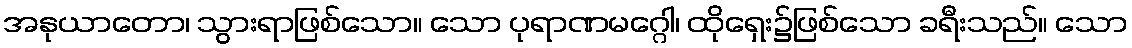
အနုယာတော၊ သွားရာဖြစ်သော။ သော ပုရာဏမဂ္ဂေါ၊ ထိုရှေး၌ဖြစ်သော ခရီးသည်။ သော